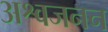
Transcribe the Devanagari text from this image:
अश्वजनन